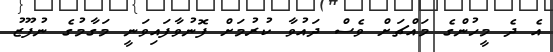
އެ ދެ މީހުންގެ މައްޗަށް ވެސް ދައުވާ ކުރުމަށް ފޮނުވާފައިވަނީ މަގާމުގެ ނުފޫޒު